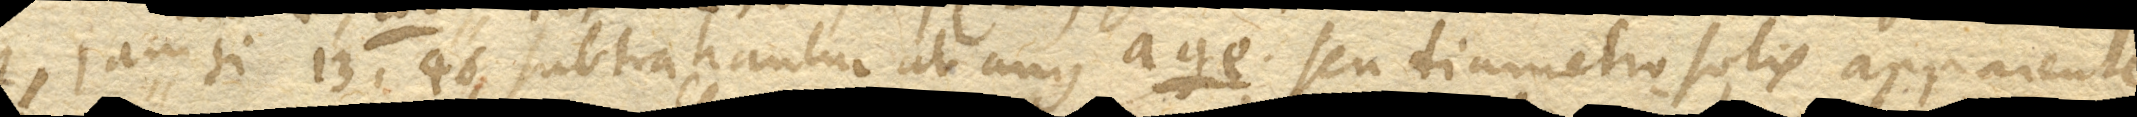
Angulus bag. Jam si 13’, 46’’ subtrahantur at ang. age. seu diametro solis apparente,